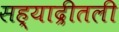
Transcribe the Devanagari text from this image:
सह्याद्रीतली